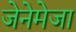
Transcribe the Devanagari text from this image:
जेनेमेजा